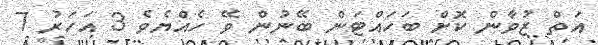
އަތް ޒުވާން ކޮށް ބަހައްޓަން ބޭނުން ވޭ ހެއްޔެވެ 3 އަހަރު 7